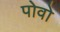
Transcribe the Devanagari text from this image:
पोवो